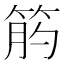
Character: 𥭖